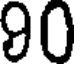
90